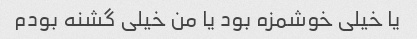
یا خیلی خوشمزه بود یا من خیلی گشنه بودم